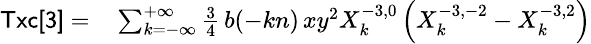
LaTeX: \small\begin{array}{rl}{{\sf Txc[3]}=}&{{}\sum_{k=-\infty}^{+\infty}\frac{3}{4}\, b(-kn)\, xy^{2}X_{k}^{-3,0}\left(X_{k}^{-3,-2}-X_{k}^{-3,2}\right)}\end{array}